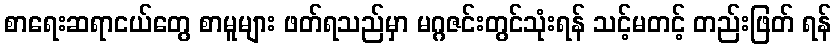
စာရေးဆရာငယ်တွေ စာမူများ ဖတ်ရသည်မှာ မဂ္ဂဇင်းတွင်သုံးရန် သင့်မတင့် တည်းဖြတ် ရန်